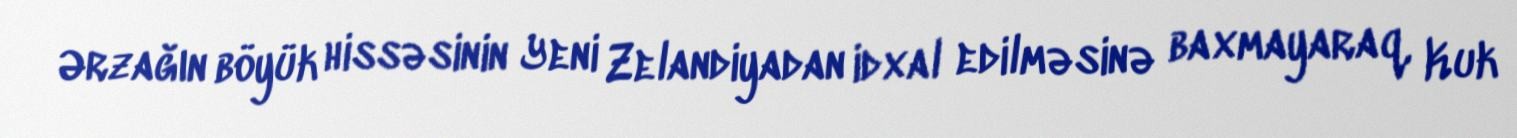
Ərzağın böyük hissəsinin Yeni Zelandiyadan idxal edilməsinə baxmayaraq, Kuk